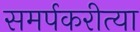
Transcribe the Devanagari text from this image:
समर्पकरीत्या